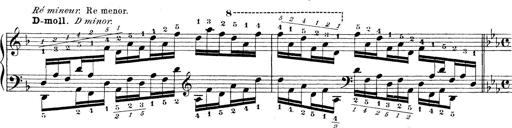
Title: Technische Studien
Composer: Franz Liszt